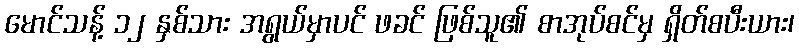
မောင်သန့် ၁၂ နှစ်သား အရွယ်မှာပင် ဖခင် ဖြစ်သူ၏ စာအုပ်စင်မှ ရှိတ်စပီးယား၊